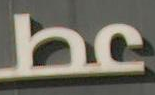
be